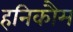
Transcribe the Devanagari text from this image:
हनिकौम